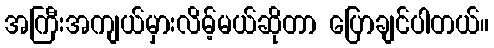
အကြီးအကျယ်မှားလိမ့်မယ်ဆိုတာ ပြောချင်ပါတယ်။